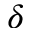
\delta